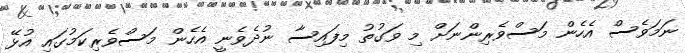
ނަމަވެސް އެހެން މަސްވެރިންނަށް މި ވަގުތު މިފައިސާ ނުދެވެނީ އެހެން މަސްވެރިކަމުގައި އުޅޭ